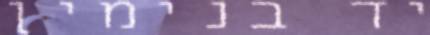
יד בנימין